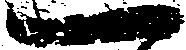
一